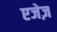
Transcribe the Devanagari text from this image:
एजेज़